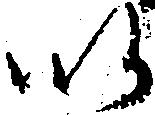
以